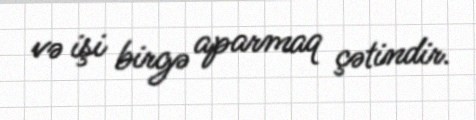
və işi birgə aparmaq çətindir.